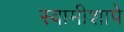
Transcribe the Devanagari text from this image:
स्वामीशापे